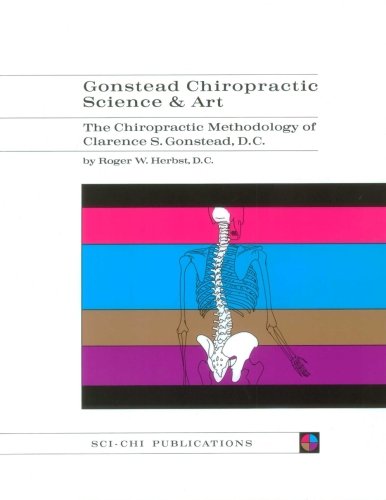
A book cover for Gonstead Chiropractic Science and Art - Roger W. Herbst DC - B&W; Roger W Herbst DC; Medical Books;